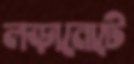
লড়ানোটে